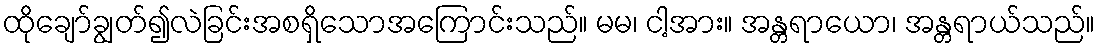
ထိုချော်ချွတ်၍လဲခြင်းအစရှိသောအကြောင်းသည်။ မမ၊ ငါ့အား။ အန္တရာယော၊ အန္တရာယ်သည်။